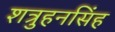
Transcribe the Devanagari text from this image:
शत्रुहनसिंह